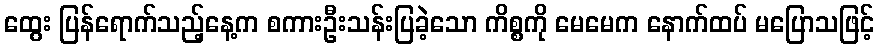
ထွေး ပြန်ရောက်သည့်နေ့က စကားဦးသန်းပြခဲ့သော ကိစ္စကို မေမေက နောက်ထပ် မပြောသဖြင့်